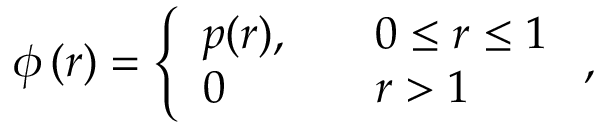
\phi \left( r \right) = \left\{ \begin{array} { l l } { p ( r ) , } & { \quad 0 \leq r \leq 1 } \\ { 0 } & { \quad r > 1 } \end{array} \right. ,